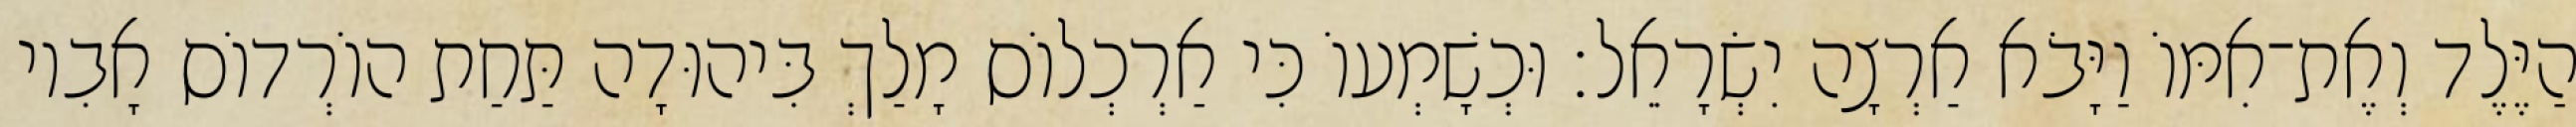
הַיֶּלֶד וְאֶת־אִמּוֹ וַיָּבֹא אַרְצָה יִשְׂרָאֵל׃ וּכְשָׁמְעוֹ כִּי אַרְכְלוֹס מָלַךְ בִּיהוּדָה תַּחַת הוֹרְדוֹס אָבִיו